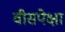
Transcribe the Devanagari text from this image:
वीसपेक्षा